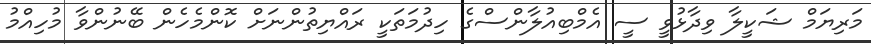
މަރިޔަމް ޝަކީލާ ވިދާޅުވީ ސީ އެމްބިއުލާންސްގެ ހިދުމަތަކީ ރައްޔިތުންނަށް ކޮންމެހެން ބޭނުންވާ މުހިއްމު